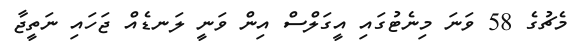
މެޗުގެ 58 ވަނަ މިނެޓުގައި އީގަލްސް އިން ވަނީ ލަނޑެއް ޖަހައި ނަތީޖާ